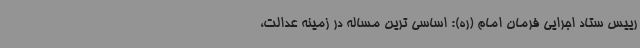
رییس ستاد اجرایی فرمان امام (ره): اساسی ترین مساله در زمینه عدالت،